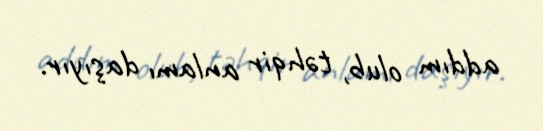
addım olub, təhqir anlamı daşıyır.